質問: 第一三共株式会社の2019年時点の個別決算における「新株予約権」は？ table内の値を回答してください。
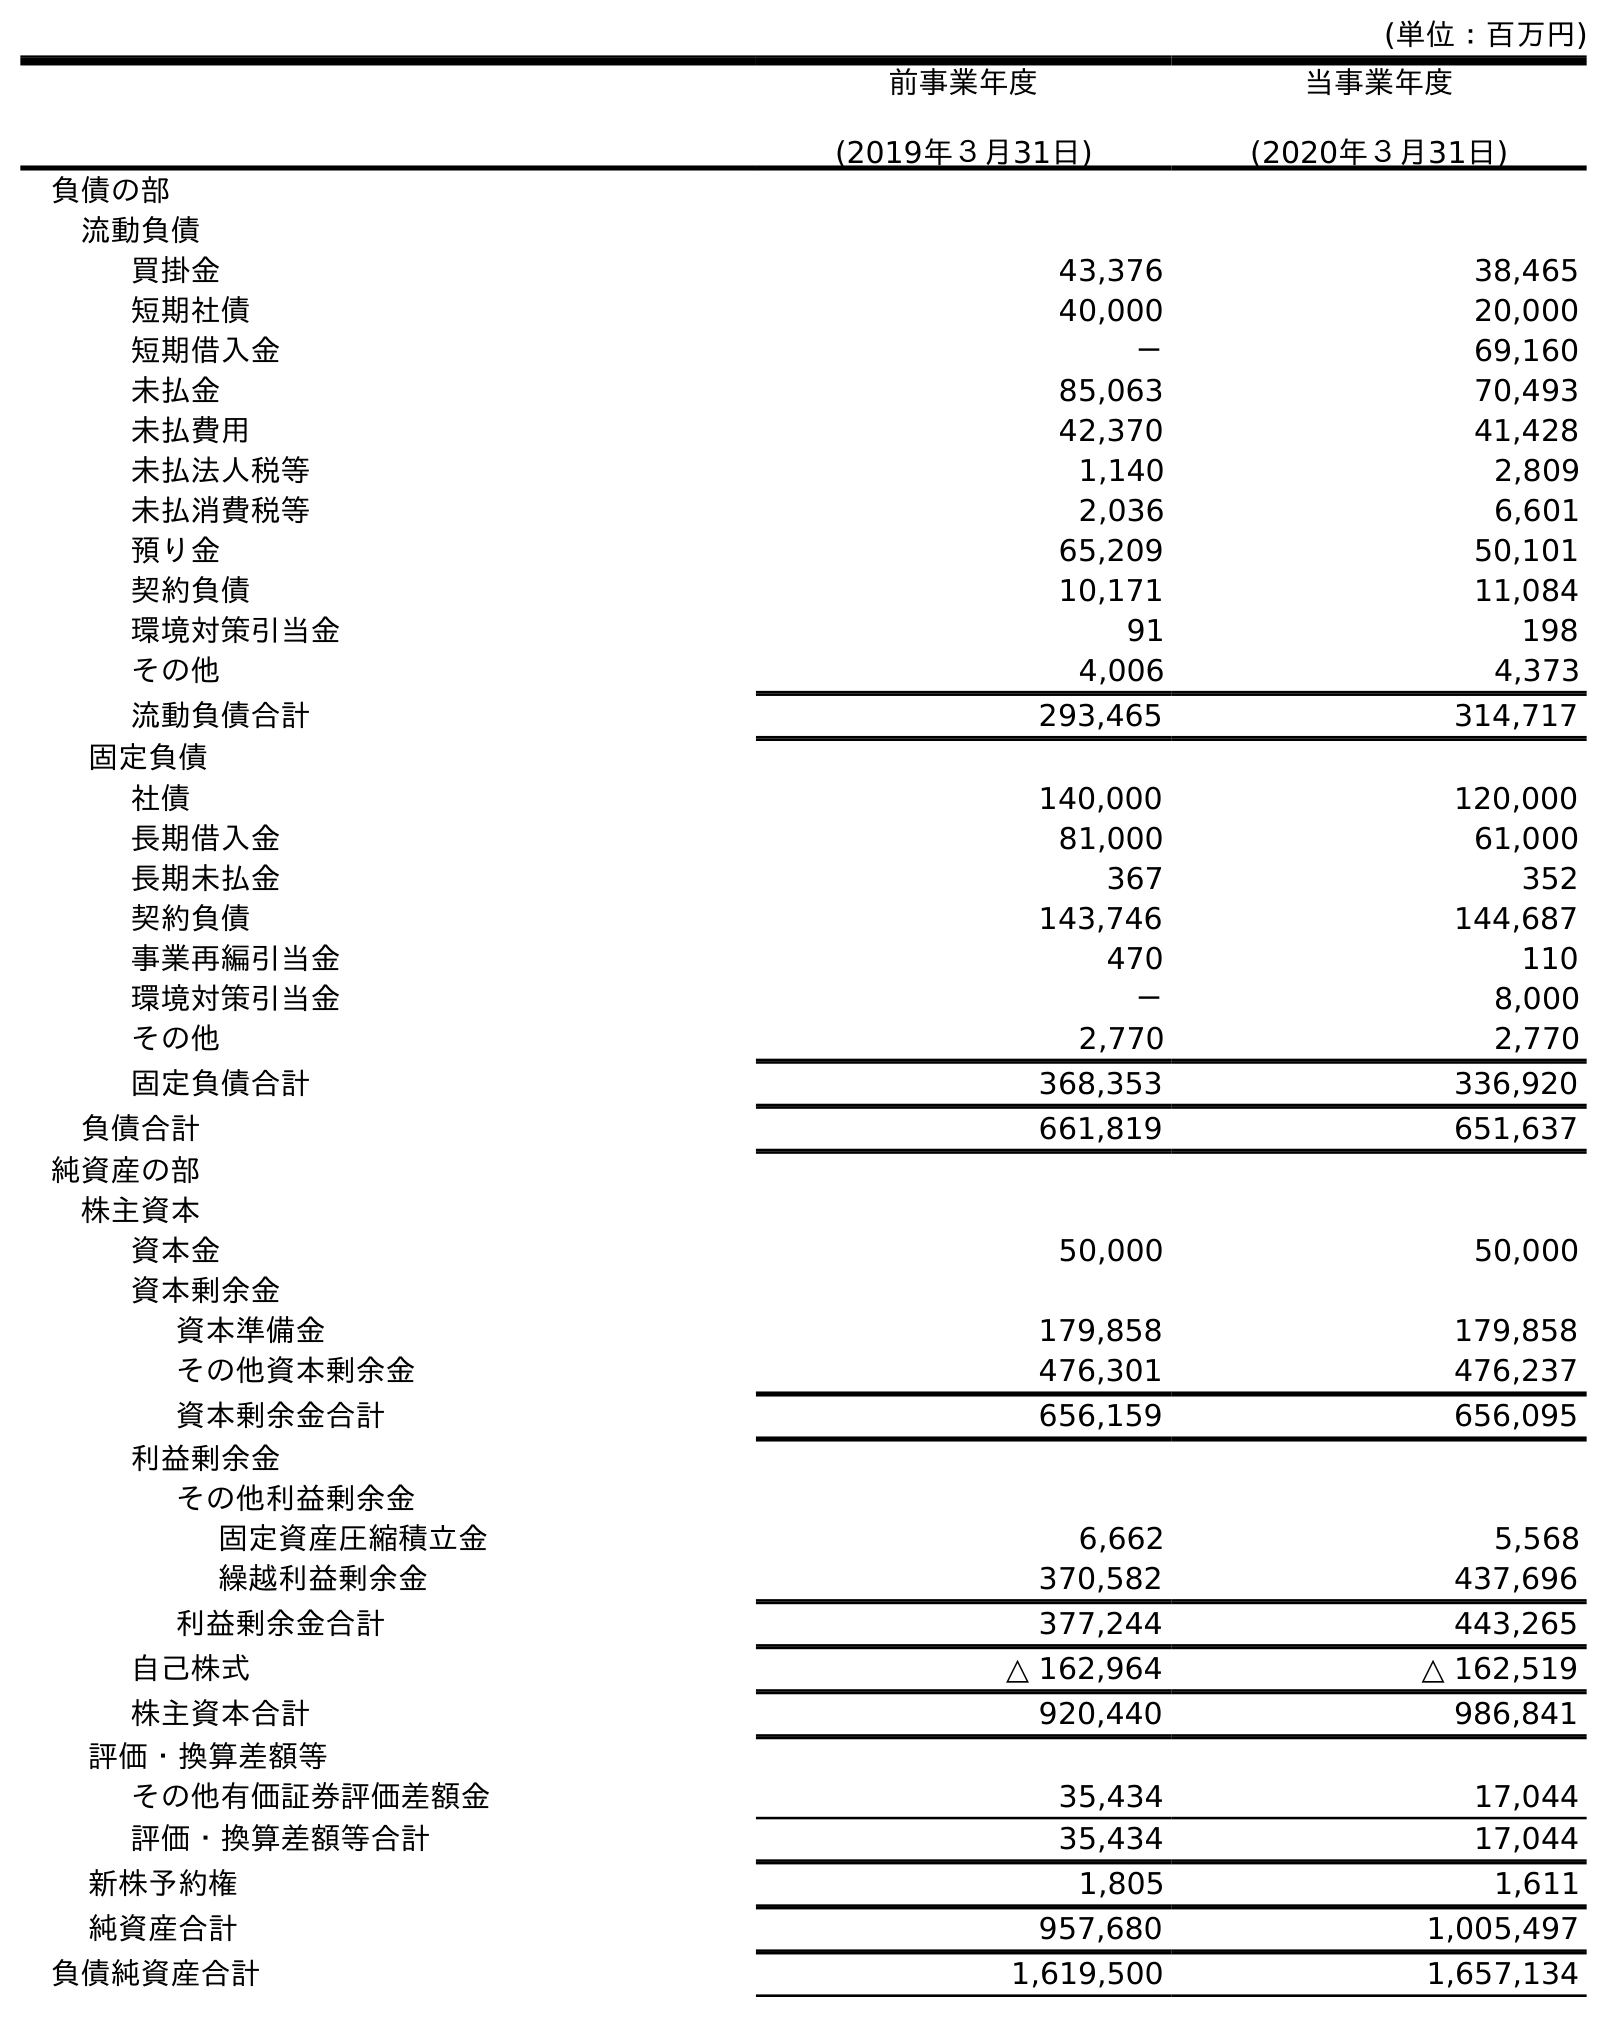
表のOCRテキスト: (単位：百万円) 前事業年度 (2019年３月31日) 当事業年度 (2020年３月31日) 負債の部 流動負債 買掛金 43,376 38,465 短期社債 40,000 20,000 短期借入金 － 69,160 未払金 85,063 70,493 未払費用 42,370 41,428 未払法人税等 1,140 2,809 未払消費税等 2,036 6,601 預り金 65,209 50,101 契約負債 10,171 11,084 環境対策引当金 91 198 その他 4,006 4,373 流動負債合計 293,465 314,717 固定負債 社債 140,000 120,000 長期借入金 81,000 61,000 長期未払金 367 352 契約負債 143,746 144,687 事業再編引当金 470 110 環境対策引当金 － 8,000 その他 2,770 2,770 固定負債合計 368,353 336,920 負債合計 661,819 651,637 純資産の部 株主資本 資本金 50,000 50,000 資本剰余金 資本準備金 179,858 179,858 その他資本剰余金 476,301 476,237 資本剰余金合計 656,159 656,095 利益剰余金 その他利益剰余金 固定資産圧縮積立金 6,662 5,568 繰越利益剰余金 370,582 437,696 利益剰余金合計 377,244 443,265 自己株式 △ 162,964 △ 162,519 株主資本合計 920,440 986,841 評価・換算差額等 その他有価証券評価差額金 35,434 17,044 評価・換算差額等合計 35,434 17,044 新株予約権 1,805 1,611 純資産合計 957,680 1,005,497 負債純資産合計 1,619,500 1,657,134
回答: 1,805